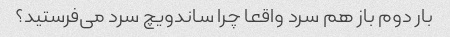
بار دوم باز هم‌ سرد واقعا چرا ساندویچ سرد می‌فرستید؟